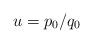
LaTeX: \begin{gather*}u=p_{0}/q_{0}\end{gather*}